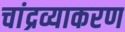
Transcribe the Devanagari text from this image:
चांद्रव्याकरण